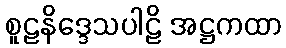
စူဠနိဒ္ဒေသပါဠိ အဋ္ဌကထာ